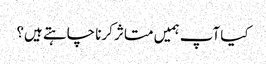
کیا آپ ہمیں متاثر کرنا چاہتے ہیں؟